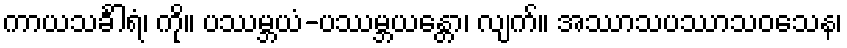
ကာယသင်္ခါရံ၊ ကို။ ပဿမ္ဘယံ-ပဿမ္ဘယန္တော၊ လျက်။ အဿာသပဿာသဝသေန၊